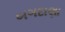
બગદાણા